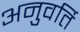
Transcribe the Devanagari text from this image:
अनुवर्ति